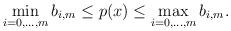
LaTeX: \begin{align*} \displaystyle{\min_{i=0,\dots,m}b_{i,m}\le p(x) \le \max_{i=0,\dots,m}b_{i,m}}.\end{align*}